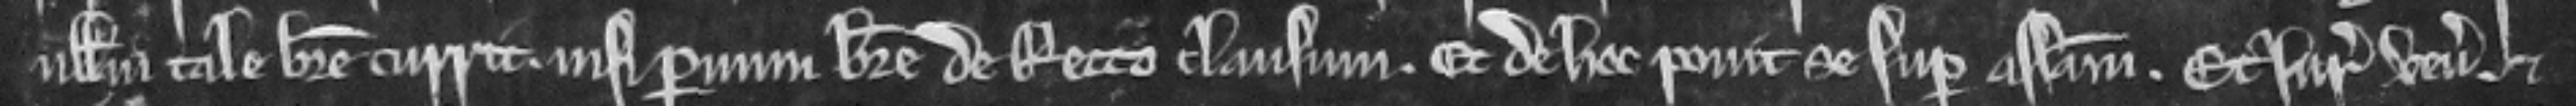
nullum tale breve currit nisi parvum breve de recto clausum. Et de hoc ponit se super assisam. Et juratores veniunt et